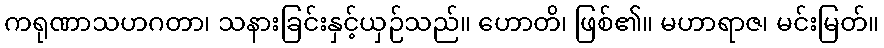
ကရုဏာသဟဂတာ၊ သနားခြင်းနှင့်ယှဉ်သည်။ ဟောတိ၊ ဖြစ်၏။ မဟာရာဇ၊ မင်းမြတ်။